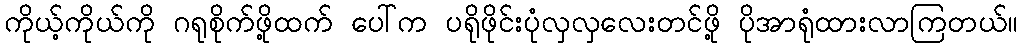
ကိုယ့်ကိုယ်ကို ဂရုစိုက်ဖို့ထက် ပေါ်က ပရိုဖိုင်းပုံလှလှလေးတင်ဖို့ ပိုအာရုံထားလာကြတယ်။